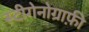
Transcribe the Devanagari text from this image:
स्टीगेनोग्राफ़ी